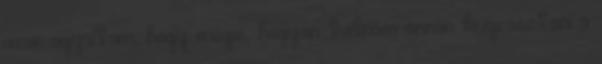
azon agyaltam, hogy mégis, hogyan tudnám onnan kiugrasztani a